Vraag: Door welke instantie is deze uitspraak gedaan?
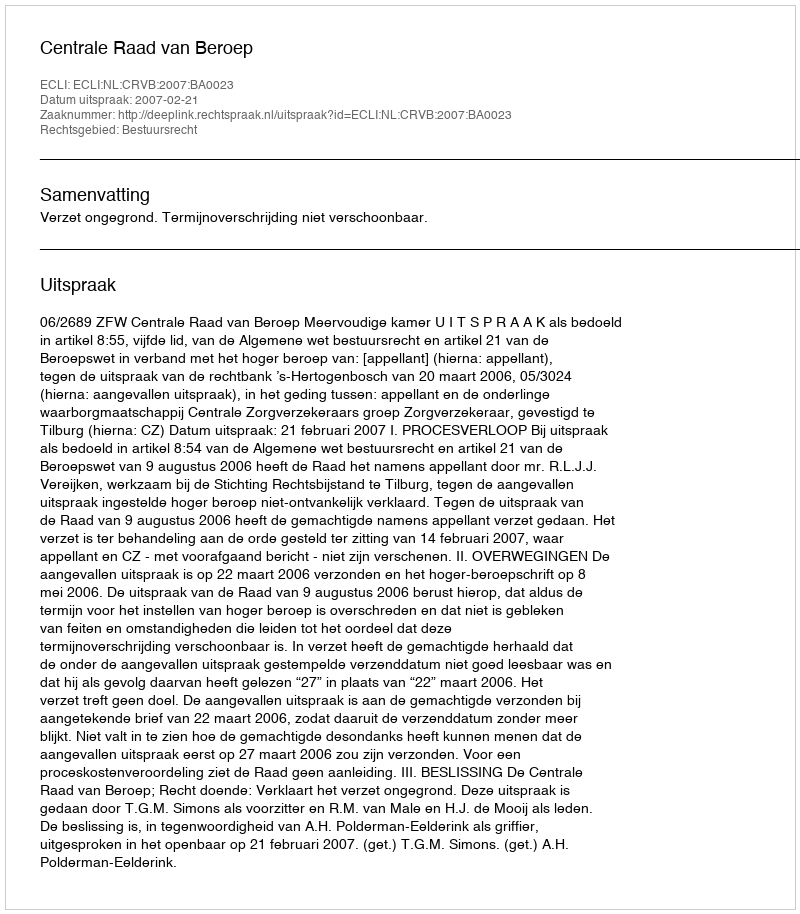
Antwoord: Centrale Raad van Beroep